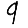
Digit: 9